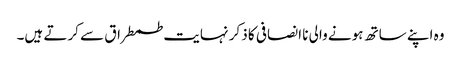
وہ اپنے ساتھ ہونے والی نا انصافی کا ذکر نہایت طمطراق سے کرتے ہیں۔